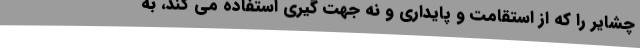
چشایر را که از استقامت و پایداری و نه جهت گیری استفاده می کند، به